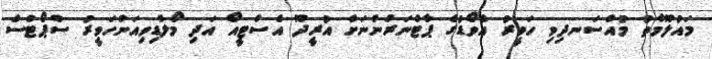
މައުލޫމާތު މުއްސަނދިވި ހަވީރު އެވޯޑުގެ ޕާޓްނަރުންނަށް އުރީދޫ އެސްޓީއޯ އަދި މޯލްޑިވިއަންހަވީރު ސްޕޯޓްސް